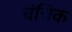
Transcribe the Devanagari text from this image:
चंचिक